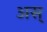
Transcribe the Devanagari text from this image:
अस्‌